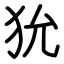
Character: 狁